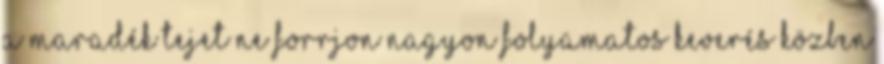
a maradék tejet ne forrjon nagyon Folyamatos keverés közben